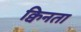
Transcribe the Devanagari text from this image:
क्विनता